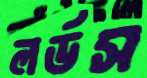
লর্ডস